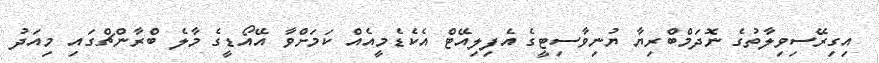
އިގިރޭސިވިލާތުގެ ނޮދަމްބްރިޔާ ޔުނިވާސިޓީގެ އެފިލިއޭޓް އެކެޑެމީއެއް ކަމަށްވާ އޭއޯޑީގެ މާލެ ބްރާންޗްގައި މިއަދު